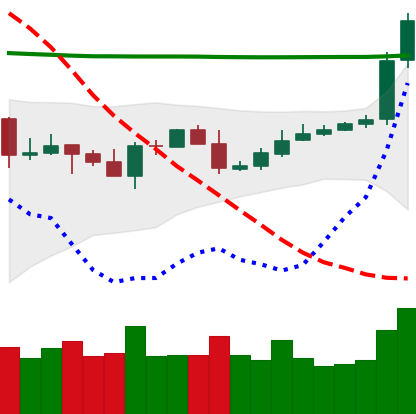
Ticker: XRP-USD
Chart end date: 2020-04-29
Forward return: -3.724%
Label: down_3_5